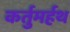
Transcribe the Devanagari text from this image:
कर्तुमर्हथ